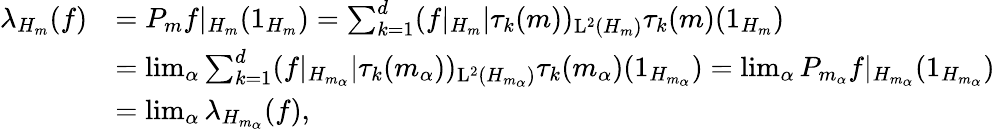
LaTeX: \begin{array}{rl}{\lambda_{H_{m}}(f)}&{=P_{m}f|_{H_{m}}(1_{H_{m}})=\sum_{k=1}^{d}(f|_{H_{m}}|\tau_{k}(m))_{\mathrm{L}^{2}(H_{m})}\tau_{k}(m)(1_{H_{m}})}\\ &{=\operatorname*{lim}_{\alpha}\sum_{k=1}^{d}(f|_{H_{m_{\alpha}}}|\tau_{k}(m_{\alpha}))_{\mathrm{L}^{2}(H_{m_{\alpha}})}\tau_{k}(m_{\alpha})(1_{H_{m_{\alpha}}})=\operatorname*{lim}_{\alpha}P_{m_{\alpha}}f|_{H_{m_{\alpha}}}(1_{H_{m_{\alpha}}})}\\ &{=\operatorname*{lim}_{\alpha}\lambda_{H_{m_{\alpha}}}(f),}\end{array}